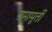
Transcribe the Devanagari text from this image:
रामामूर्ती